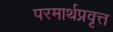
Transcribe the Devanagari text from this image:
परमार्थप्रवृत्त